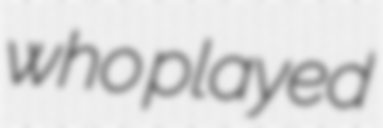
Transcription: who played